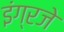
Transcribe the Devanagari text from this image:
इंग्रजे